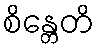
စိန္တေတိ